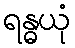
ရန္ဓယုံ